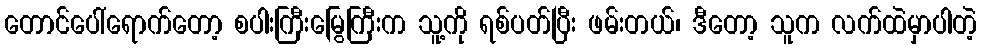
တောင်ပေါ်ရောက်တော့ စပါးကြီးမြွေကြီးက သူ့ကို ရစ်ပတ်ပြီး ဖမ်းတယ်၊ ဒီတော့ သူက လက်ထဲမှာပါတဲ့